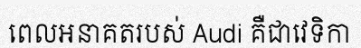
ពេលអនាគតរបស់ Audi គឺជាវេទិកា